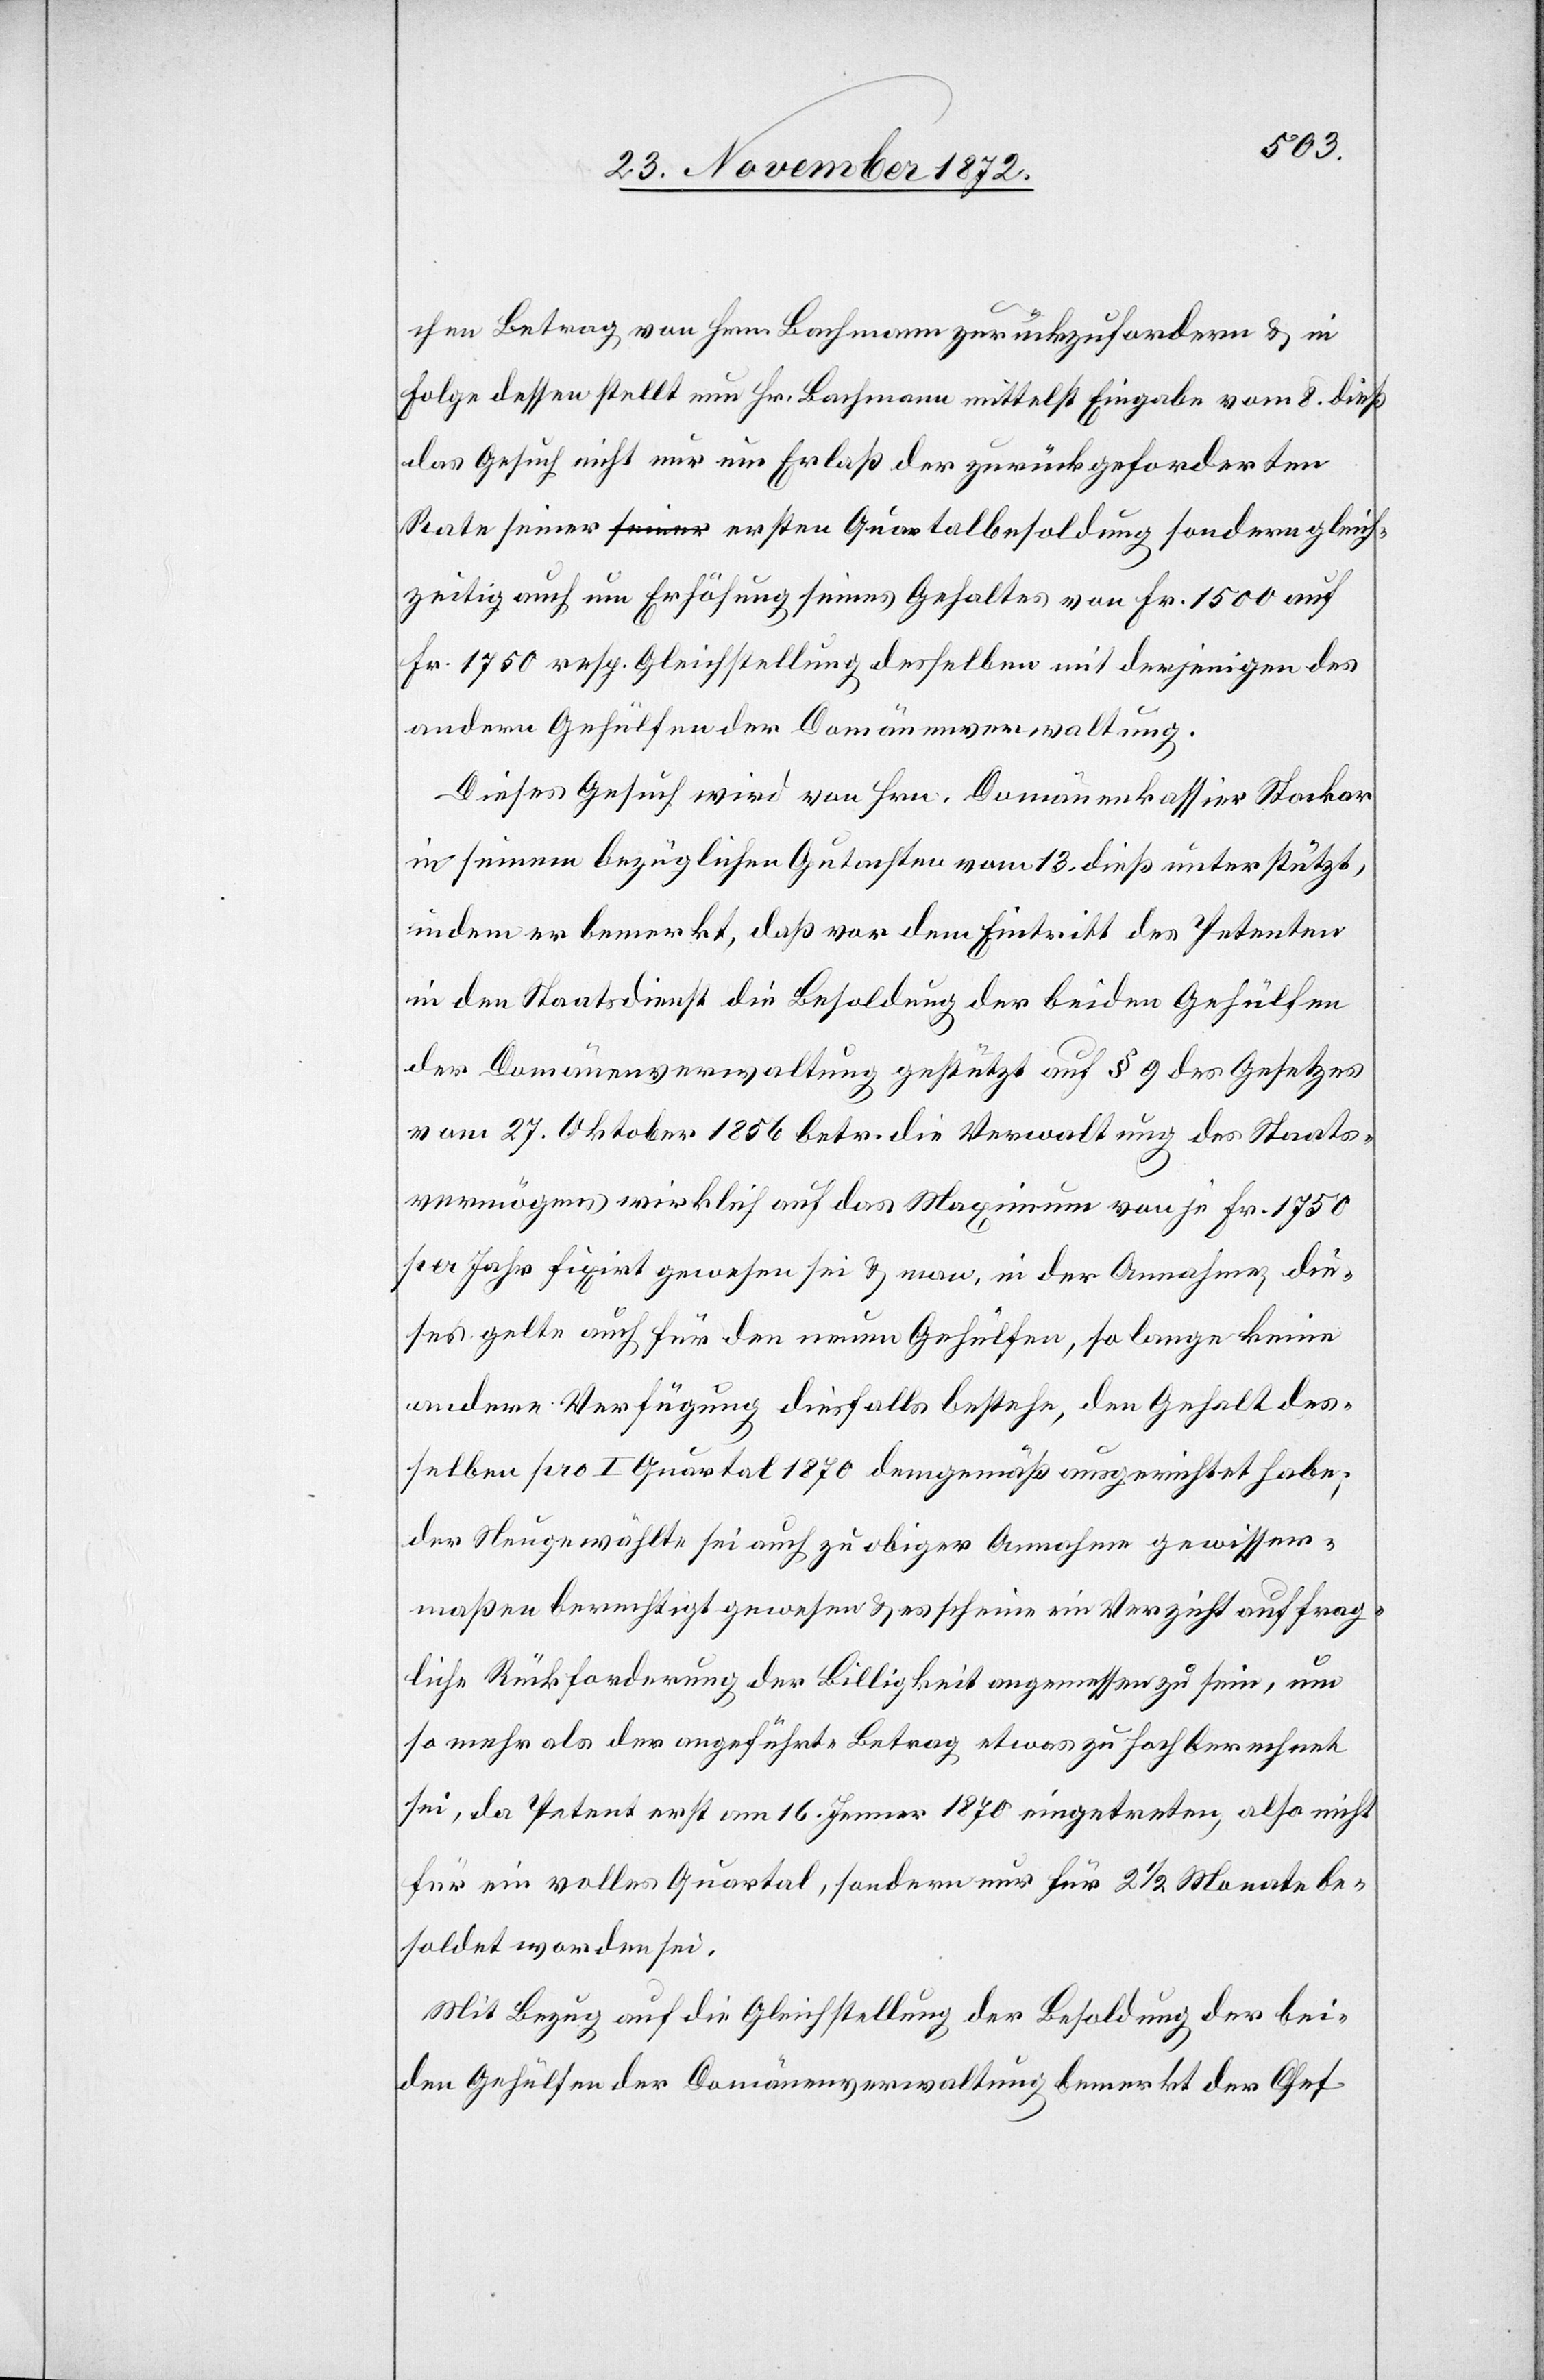
chen Betrag von Hrn. Bachmann zurückzufordern u. in
Folge dessen stellt nun Hr. Bachmann mittelst Eingabe vom 8. dieß
das Gesuch nicht nur um Erlaß der zurückgeforderten
Rate seiner ersten Quartalbesoldung sondern gleich¬
zeitig auch um Erhöhung seines Gehaltes von Fr. 1 500 auf
Fr. 1 750 resp. Gleichstellung desselben mit demjenigen des
andern Gehülfen der Domänenverwaltung.
Dieses Gesuch wird von Hr. Domänenkassier Stockar
in seinem bezüglichen Gutachten vom 13. dieß unterstützt,
indem er bemerkt, daß vor dem Eintritt des Petenten
in den Staatsdienst die Besoldung der beiden Gehülfen
der Domänenverwaltung gestützt auf § 9 des Gesetzes
vom 27. Oktober 1856 betr. die Verwaltung des Staats¬
vermögens wirklich auf das Maximum von je Fr. 1 750
per Jahr fixirt gewesen sei u. man, in der Annahme, die¬
ses gelte auch für den neuen Gehülfen, so lange keine
andere Verfügung diesfalls bestehe, den Gehalt des¬
selben pro I Quartal 1870 demgemäß ausgerichtet habe;
der Neugewählte sei auch zu obiger Annahme gewisser¬
maßen berechtigt gewesen u. es scheine ein Verzicht auf frag¬
liche Rückforderung der Billigkeit angemessen zu sein, um
so mehr als der angeführte Betrag etwas zu hoch berechnet
sei, da Petent erst am 16. Jenner 1870 eingetreten, also nicht
für ein volles Quartal, sondern nur für 2 1/2 Monate be¬
soldet worden sei.
Mit Bezug auf die Gleichstellung der Besoldung der bei¬
den Gehülfen der Domänenverwaltung bemerkt der Chef